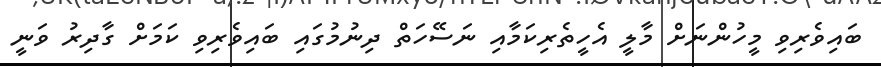
ބައިވެރިވި މީހުންނަށް މާލީ އެހީތެރިކަމާއި ނަސޭހަތް ދިނުމުގައި ބައިވެރިވި ކަމަށް ގާދިރު ވަނީ